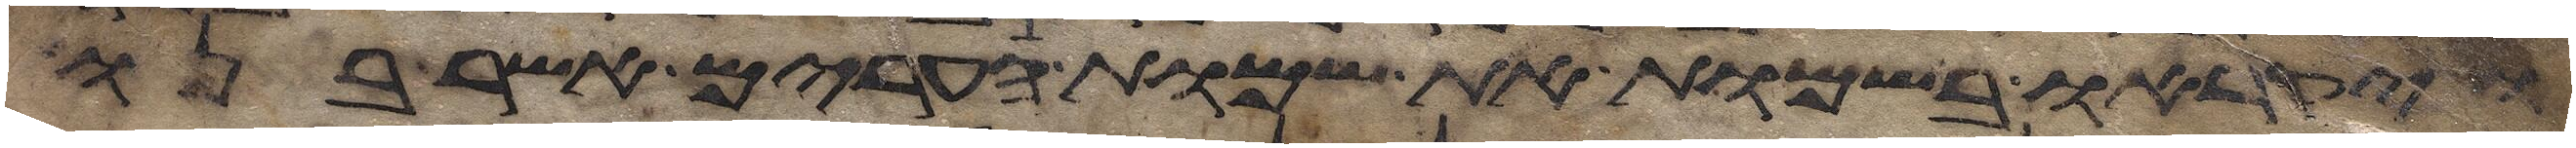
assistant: ויקראו בשמות את שמות הערים אשר בנו